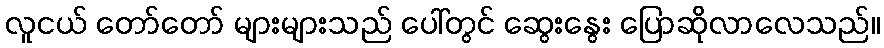
လူငယ် တော်တော် များများသည် ပေါ်တွင် ဆွေးနွေး ပြောဆိုလာလေသည်။